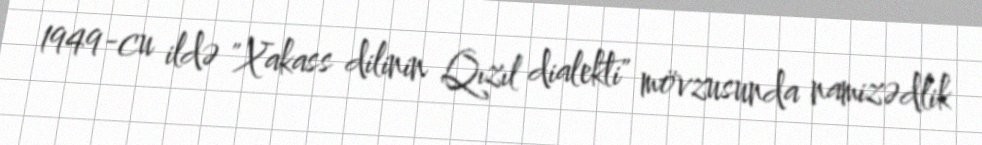
1949-cu ildə "Xakass dilinin Qızıl dialekti" mövzusunda namizədlik